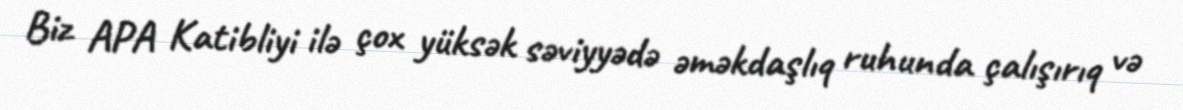
Biz APA Katibliyi ilə çox yüksək səviyyədə əməkdaşlıq ruhunda çalışırıq və